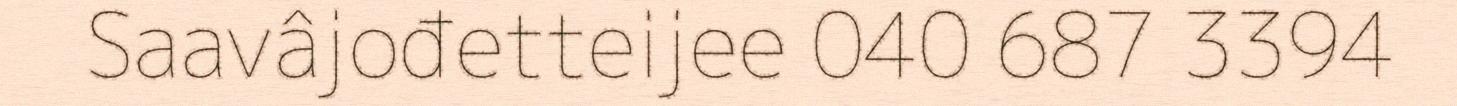
Saavâjođetteijee 040 687 3394